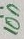
Text: 10n